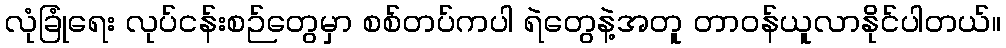
လုံခြုံရေး လုပ်ငန်းစဉ်တွေမှာ စစ်တပ်ကပါ ရဲတွေနဲ့အတူ တာဝန်ယူလာနိုင်ပါတယ်။